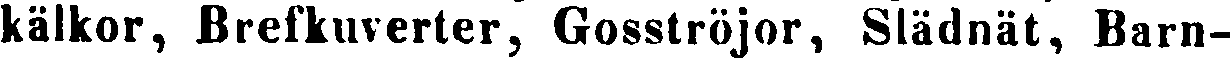
kälkor, Brefkuverter, Gosströjor, Slädnät, Barn-